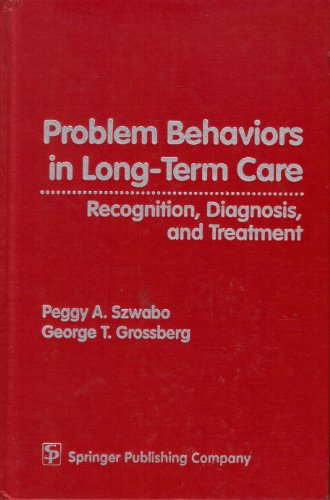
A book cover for Problem Behaviors in Long-Term Care: Recognition, Diagnosis, and Treatment; Medical Books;